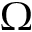
\Omega